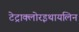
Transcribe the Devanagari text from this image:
टेट्राक्लोरइथायलिन